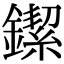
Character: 䥛